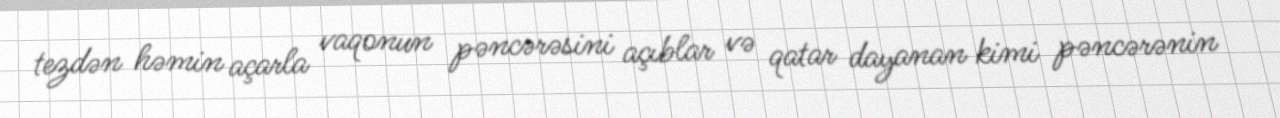
tezdən həmin açarla vaqonun pəncərəsini açıblar və qatar dayanan kimi pəncərənin